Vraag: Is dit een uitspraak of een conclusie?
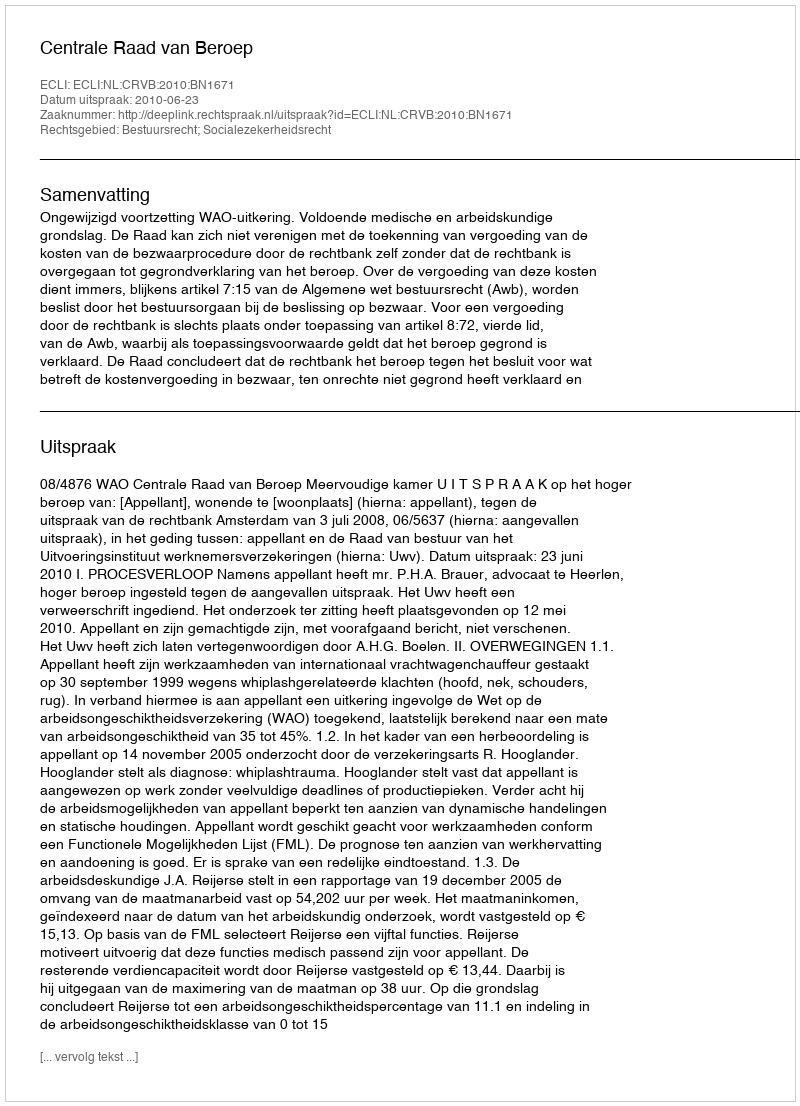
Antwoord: Uitspraak